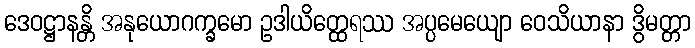
ဒေဝဋ္ဌာနန္တိ အနုယောဂက္ခမော ဥဒါယိတ္ထေရဿ အပ္ပမေယျော ဝေသိယာနာ ဒွိမတ္တာ